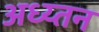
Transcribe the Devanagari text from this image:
अध्य्तन